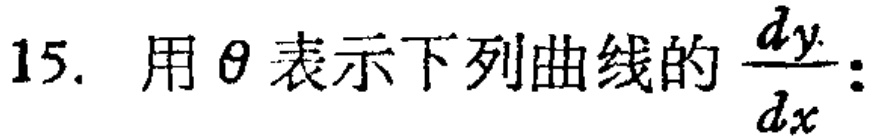
15. 用$\theta$表示下列曲线的$\frac{dy}{dx}$: